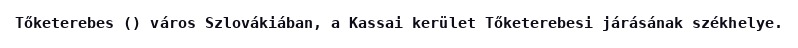
Tőketerebes () város Szlovákiában, a Kassai kerület Tőketerebesi járásának székhelye.